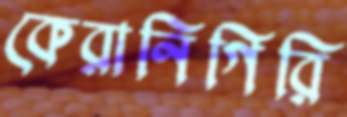
কেরানিগিরি